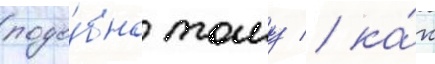
подо́бно тому / ка́к